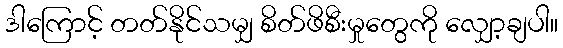
ဒါကြောင့် တတ်နိုင်သမျှ စိတ်ဖိစီးမှုတွေကို လျှော့ချပါ။